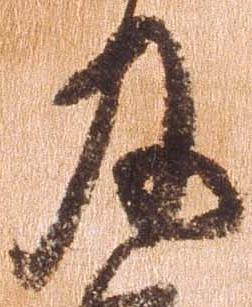
及